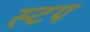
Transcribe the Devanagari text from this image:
स्टप